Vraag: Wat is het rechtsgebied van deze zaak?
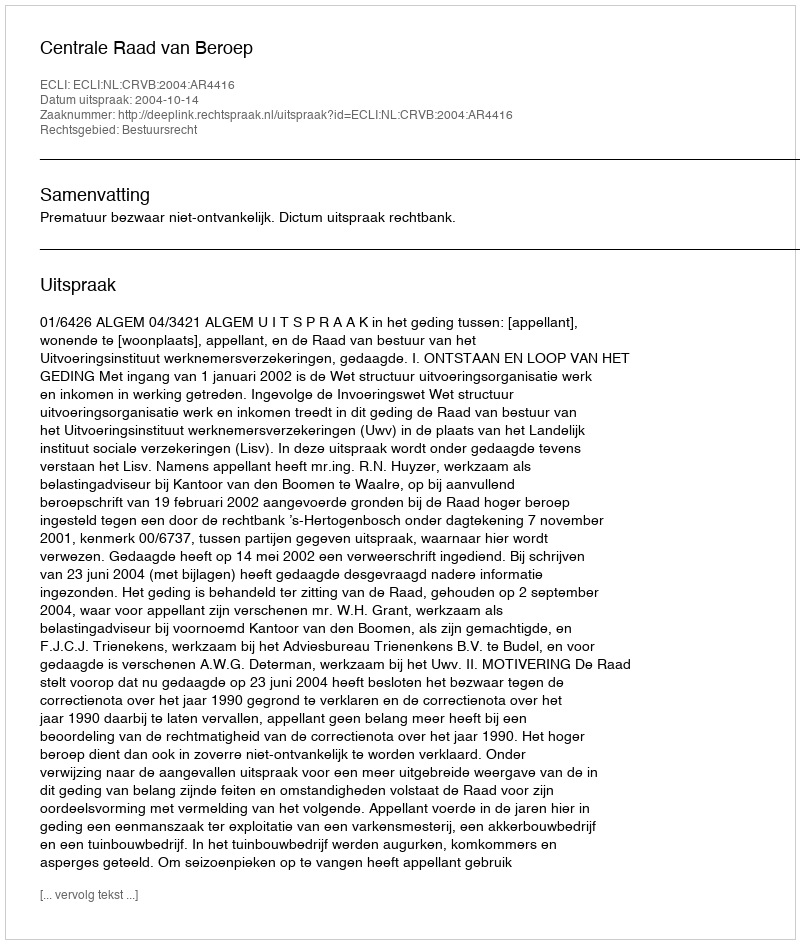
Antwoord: Bestuursrecht